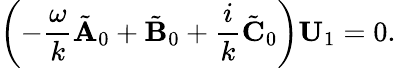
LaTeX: \left(-\frac{\omega}{k}\tilde{\mathbf{A}}_{0}+\tilde{\mathbf{B}}_{0}+\frac{i}{k}\tilde{\mathbf{C}}_{0}\right)\mathbf{U}_{1}=0.